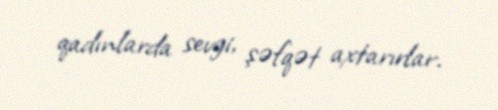
qadınlarda sevgi, şəfqət axtarırlar.